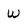
Character: W